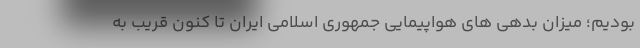
بودیم؛ میزان بدهی های هواپیمایی جمهوری اسلامی ایران تا کنون قریب به